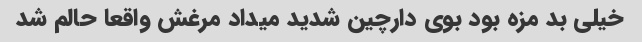
خیلی بد مزه بود بوی دارچین شدید میداد مرغش واقعا حالم شد